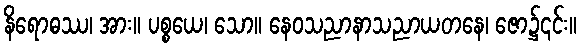
နိရောဓဿ၊ အား။ ပစ္စယေ၊ သော။ နေဝသညာနာသညာယတနေ၊ ဇော၌၎င်း။